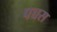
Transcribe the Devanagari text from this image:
पच्चस